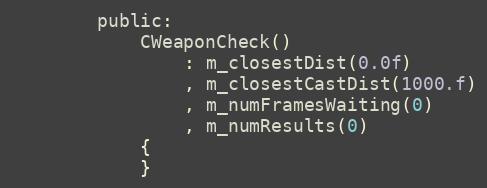
Language: C
		public:
			CWeaponCheck()
				: m_closestDist(0.0f)
				, m_closestCastDist(1000.f)
				, m_numFramesWaiting(0)
				, m_numResults(0)
			{
			}